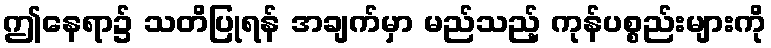
ဤနေရာ၌ သတိပြုရန် အချက်မှာ မည်သည့် ကုန်ပစ္စည်းများကို